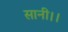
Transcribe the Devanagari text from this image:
सानी।।